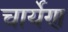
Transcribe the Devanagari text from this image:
चार्येण